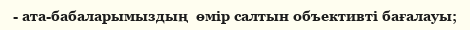
- ата-бабаларымыздың  өмір салтын объективті бағалауы;